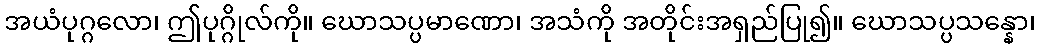
အယံပုဂ္ဂလော၊ ဤပုဂ္ဂိုလ်ကို။ ဃောသပ္ပမာဏော၊ အသံကို အတိုင်းအရှည်ပြု၍။ ဃောသပ္ပသန္နော၊